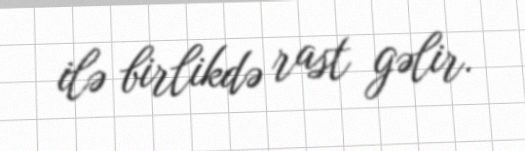
ilə birlikdə rast gəlir.